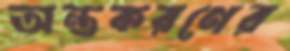
অন্তকরণের